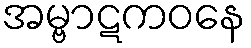
အမ္ဗာဋကဝနေ